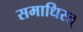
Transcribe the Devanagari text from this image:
समाधिस्त्